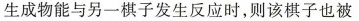
生成物能与另一棋子发生反应时，则该棋子也被